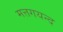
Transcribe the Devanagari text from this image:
मत्तगयन्द